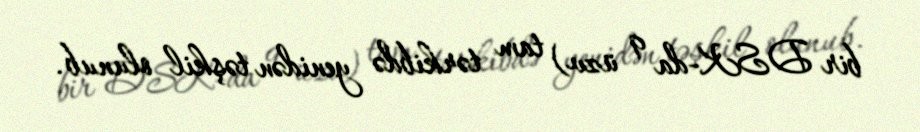
bir DSK-da 9 üzv) tam tərkibdə yenidən təşkil olunub.